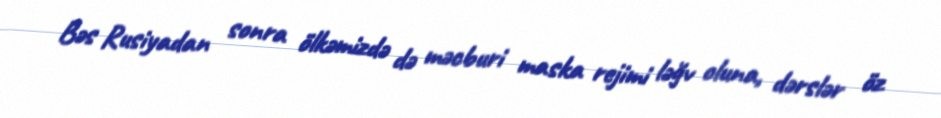
Bəs Rusiyadan sonra ölkəmizdə də məcburi maska rejimi ləğv oluna, dərslər öz